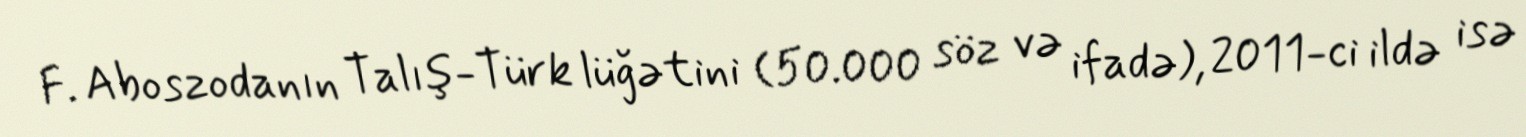
F. Aboszodanın Talış-Türk lüğətini (50.000 söz və ifadə), 2011-ci ildə isə